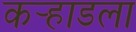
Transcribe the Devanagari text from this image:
कर्‍हाडला